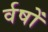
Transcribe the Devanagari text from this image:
र्वषों